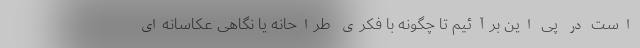
است در پی این برآئیم تا چگونه با فکری طراحانه یا نگاهی عکاسانه‌ای